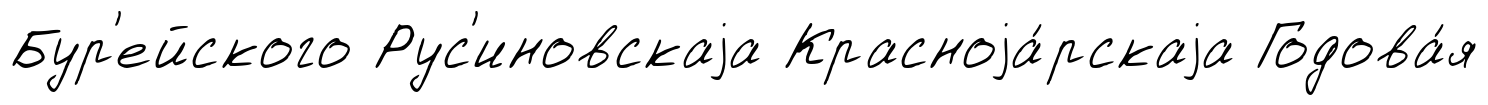
Бур'ейского Рус'иновскаjа Красноjа́рскаjа Годова́я